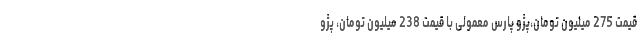
قیمت 275 میلیون تومان،پژو پارس معمولی با قیمت 238 میلیون تومان، پژو